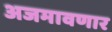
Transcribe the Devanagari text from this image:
अजमावणार